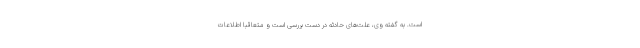
است. به گفته وی، علت‌های حادثه در دست بررسی است و متعاقبا اطلاعات